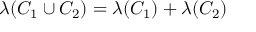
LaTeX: \lambda ( C _ { 1 } \cup C _ { 2 } ) = \lambda ( C _ { 1 } ) + \lambda ( C _ { 2 } )